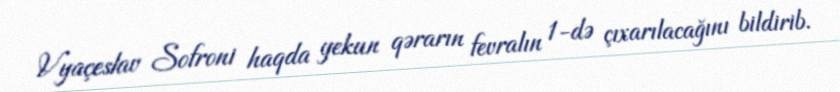
Vyaçeslav Sofroni haqda yekun qərarın fevralın 1-də çıxarılacağını bildirib.